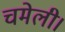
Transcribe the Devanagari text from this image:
चमेली।